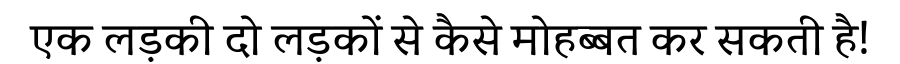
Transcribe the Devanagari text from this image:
एक लड़की दो लड़कों से कैसे मोहब्बत कर सकती है!